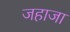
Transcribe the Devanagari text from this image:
जहाजा